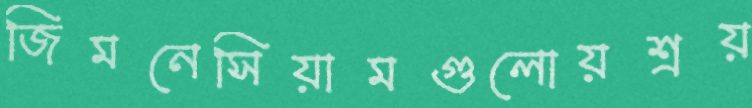
জিমনেসিয়ামগুলোয়শ্রয়